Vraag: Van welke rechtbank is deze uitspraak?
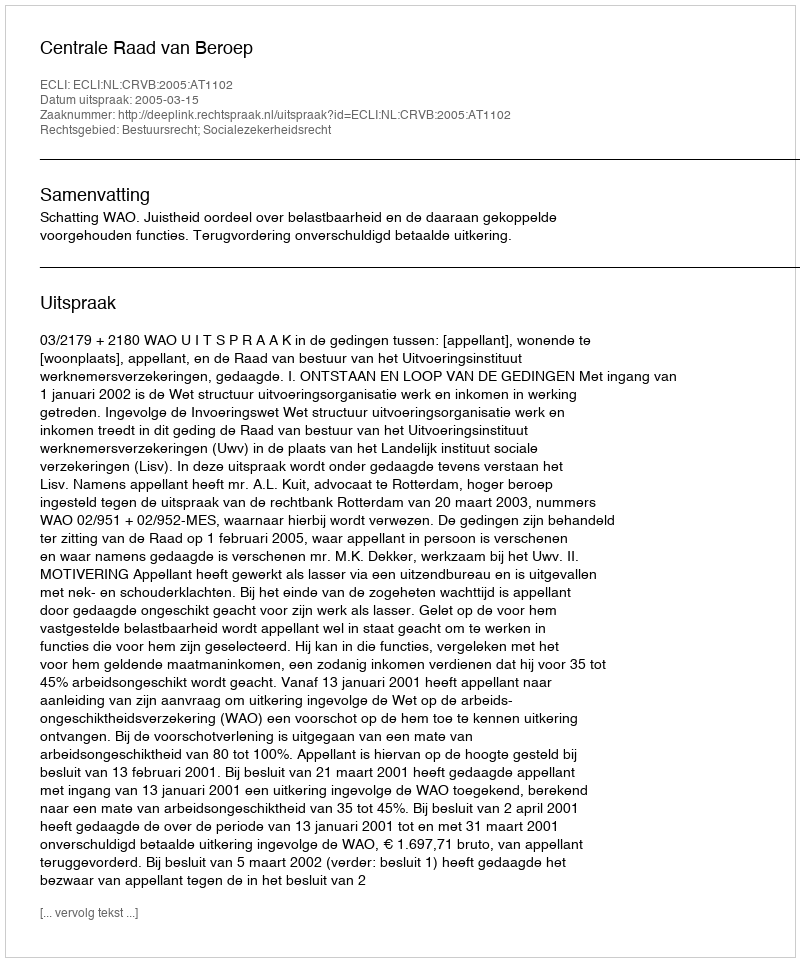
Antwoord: Centrale Raad van Beroep